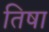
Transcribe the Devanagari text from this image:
तिषा